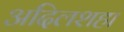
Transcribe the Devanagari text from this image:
अदिलशहा